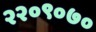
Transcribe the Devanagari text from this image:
२२०९०७०